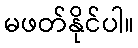
မဖတ်နိုင်ပါ။